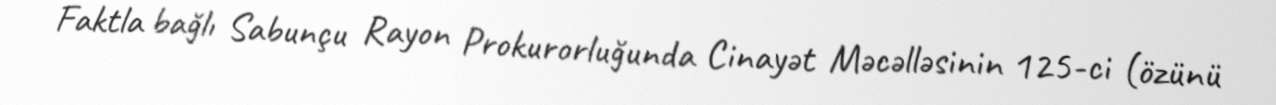
Faktla bağlı Sabunçu Rayon Prokurorluğunda Cinayət Məcəlləsinin 125-ci (özünü